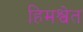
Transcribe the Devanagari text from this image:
हिमश्वेत